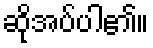
ဆိုအပ်ပါ၏။